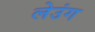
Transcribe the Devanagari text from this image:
लेउंग